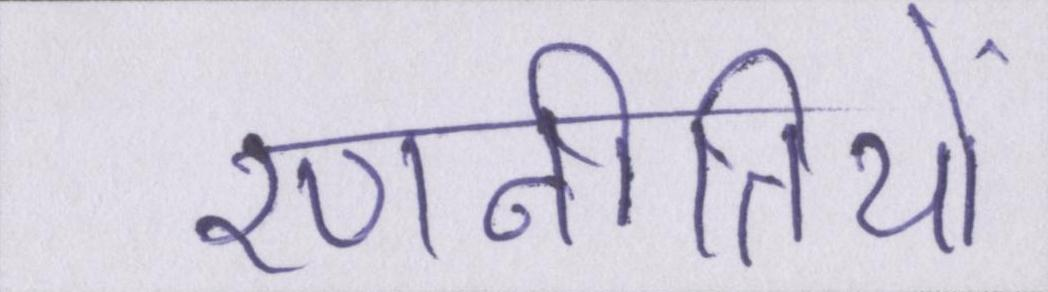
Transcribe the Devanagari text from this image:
रणनीतियों